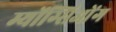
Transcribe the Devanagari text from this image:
म्योंग्सिओंग